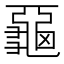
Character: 𪚦